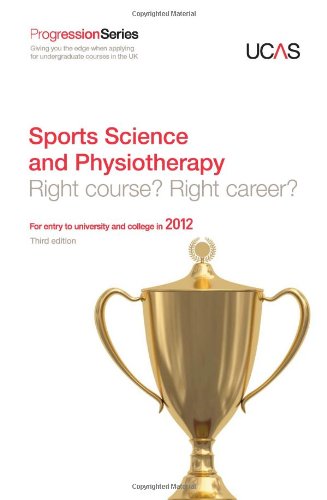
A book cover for Progression to Sports Science and Physiotherapy: Right Course? Right Career? for Entry to University and College in 2012 (Progression Series); UCAS; Sports & Outdoors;